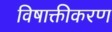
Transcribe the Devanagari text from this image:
विषाक्तीकरण